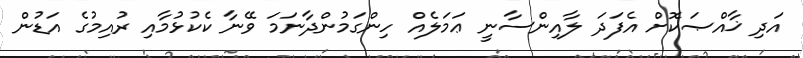
އަދި ޚާއްޞަކޮށް އެފަދަ ލާއިންސާނީ ޢަމަލެއް ހިންގަމުންދާނަމަ ވޭނާ ކެކުޅުމާއި ރުއިމުގެ އަޑުން